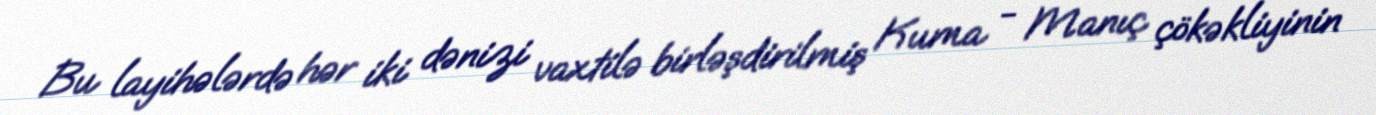
Bu layihələrdə hər iki dənizi vaxtilə birləşdirilmiş Kuma - Manıç çökəkliyinin